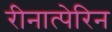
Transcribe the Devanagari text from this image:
रीनात्पेरिन